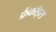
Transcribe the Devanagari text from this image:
फ्रैंकॉइस